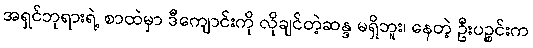
အရှင်ဘုရားရဲ့ စာထဲမှာ ဒီကျောင်းကို လိုချင်တဲ့ဆန္ဒ မရှိဘူး၊ နေတဲ့ ဦးပဉ္စင်းက